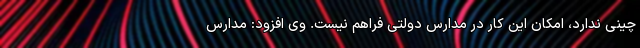
چینی ندارد، امکان این کار در مدارس دولتی فراهم نیست. وی افزود: مدارس